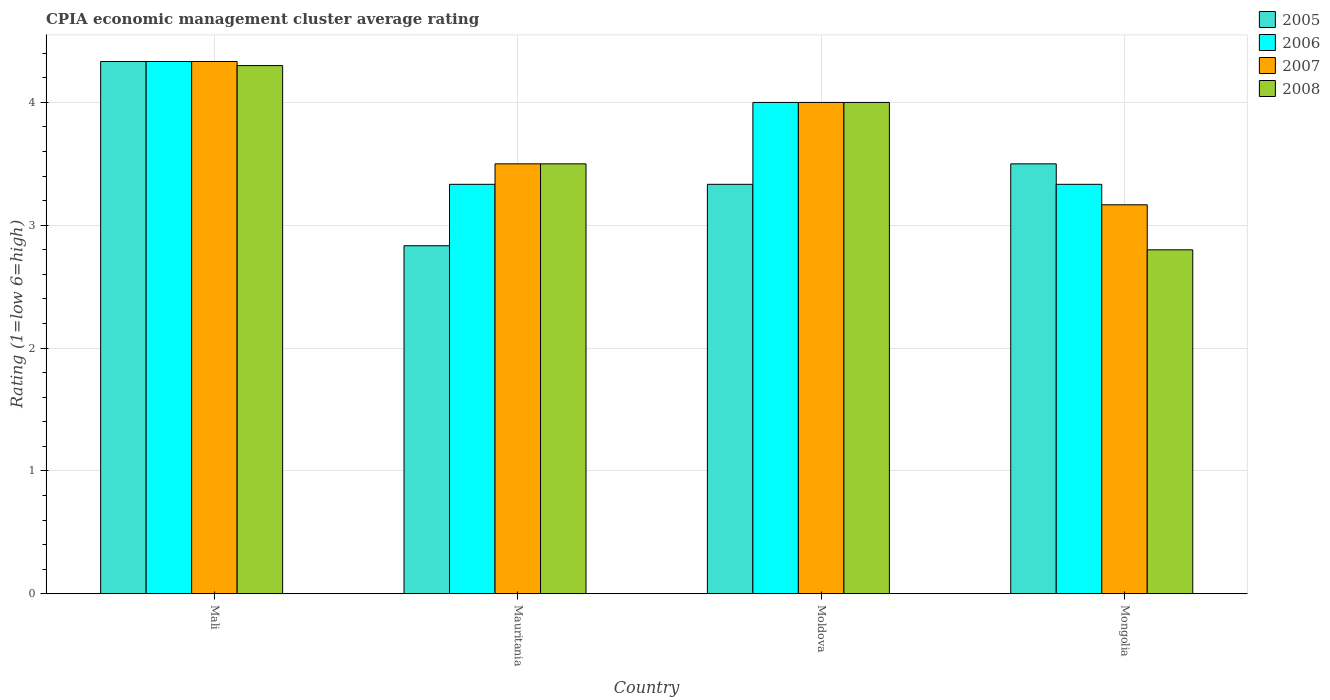
| Country | 2005 | 2006 | 2007 | 2008 |
 | --- | --- | --- | --- | --- |
 | Mali | 4.33 | 4.33 | 4.33 | 4.3 |
 | Mauritania | 2.83 | 3.33 | 3.5 | 3.5 |
 | Moldova | 3.33 | 4 | 4 | 4 |
 | Mongolia | 3.5 | 3.33 | 3.17 | 2.8 |